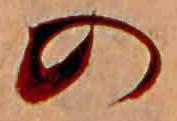
の